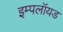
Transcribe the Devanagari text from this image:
इम्पलॉयड